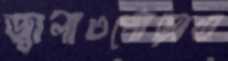
জ্বালাওপোড়াও